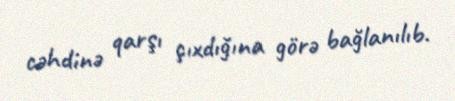
cəhdinə qarşı çıxdığına görə bağlanılıb.